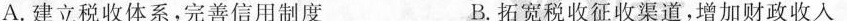
A.建立税收体系，完善信用制度 B.拓宽税收征收渠道，增加财政收入